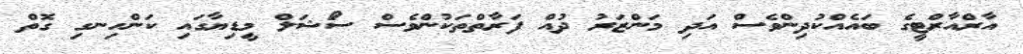
އާރްއާރްޓީގެ ބައެއްކުދިންވެސް އަދި މަންޒަރު ދުއް ފަރާތްތަކުންވެސް ސޯަޝަލް މީޑިޔާގައި ކަންހިނގި ގޮތް